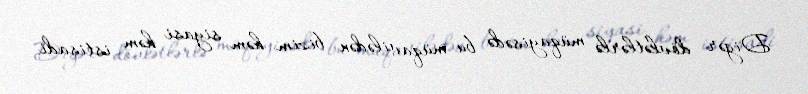
Digər dövlətlərlə müqayisədə bu müqavilədən bizim həm siyasi həm istisadi